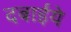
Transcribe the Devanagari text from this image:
दबाईये